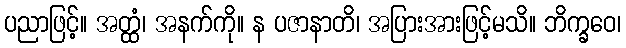
ပညာဖြင့်။ အတ္ထံ၊ အနက်ကို။ န ပဇာနာတိ၊ အပြားအားဖြင့်မသိ။ ဘိက္ခဝေ၊